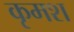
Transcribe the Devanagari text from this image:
कृमश